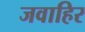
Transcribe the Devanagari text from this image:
जवाहिर